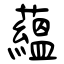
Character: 蘊